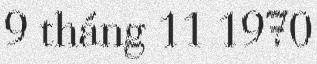
9 tháng 11 1970